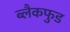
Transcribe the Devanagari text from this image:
ब्लैकफुड